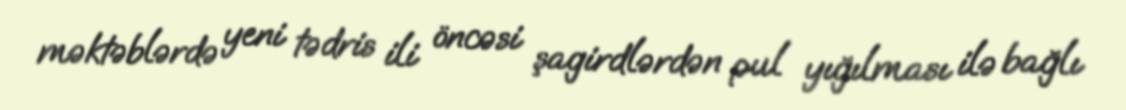
məktəblərdə yeni tədris ili öncəsi şagirdlərdən pul yığılması ilə bağlı